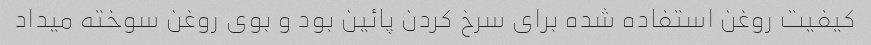
کیفیت روغن استفاده شده برای سرخ کردن پائین بود و بوی روغن سوخته میداد